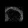
Digit: ၈